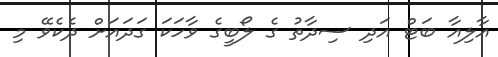
އާލިއާ ބަޓް އަދި ސިދާތު ގެ ލޯބީގެ ވާހަކަ ގަދައަށް ދެކެވޭ މި